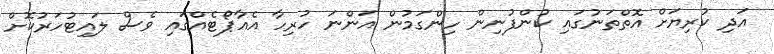
އަދި ކުރިޔަށް އޮތްތަނުގައި ކުންފުނިން ހިންގަމުން އަންނަ ހުރިހާ އެއާޕޯޓެއްގައި ވެސް ލައިޓުހަރުކޮށް